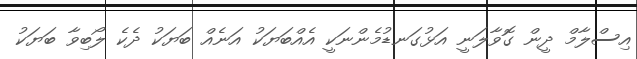
އިސްލާމް ދީން ގޮވާލަނީ އަޅުގަނޑުމެންނަކީ އެއްބަޔަކު އަނެއް ބަޔަކު ދެކެ ލޯބިވާ ބަޔަކު